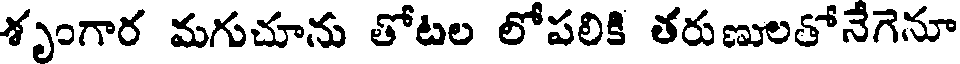
శృంగార మగుచూను తోటల లోపలికి తరుణులతోనేగెనూ